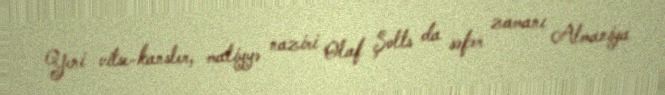
Yeni vitse-kansler, maliyyə naziri Olaf Şolts da səfər zamanı Almaniya